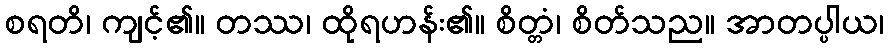
စရတိ၊ ကျင့်၏။ တဿ၊ ထိုရဟန်း၏။ စိတ္တံ၊ စိတ်သည။ အာတပ္ပါယ၊